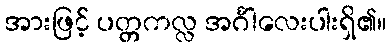
အားဖြင့် ပတ္တကလ္လ အင်္ဂါလေးပါးရှိ၏။